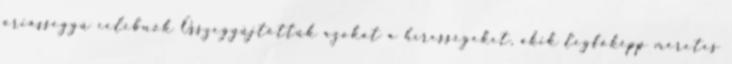
óriásseggű celebnők Összegyűjtöttük azokat a hírességeket, akik legfőképp méretes